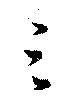
三